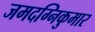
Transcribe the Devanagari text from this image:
जमदग्निकुमार